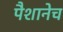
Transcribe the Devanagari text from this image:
पैशानेच